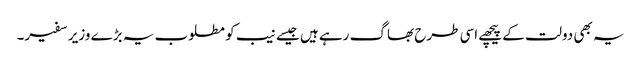
یہ بھی دولت کے پیچھے اسی طرح بھاگ رہے ہیں جیسے نیب کو مطلوب یہ بڑے وزیر سفیر۔